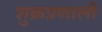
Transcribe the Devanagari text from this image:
शुक्रप्रणाली